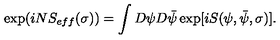
\exp ( i N S _ { e f f } ( \sigma ) ) = \int D \psi D \bar { \psi } \exp [ i S ( \psi , \bar { \psi } , \sigma ) ] .